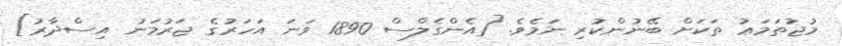
މުޖުތަމަޢު ތަކަށް ބޭނުންކުރި ނަމެވެ. [އެންގެލްސް 1890 ވަނަ އަހަރުގެ ޖަރުމަނު އިސްދާރު]